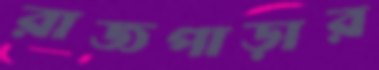
রাজপাড়ার